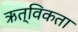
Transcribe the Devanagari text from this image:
ऋत्विकता